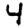
Digit: 4